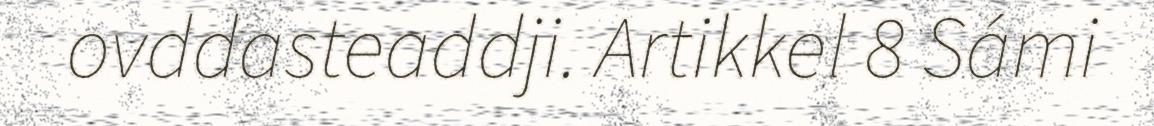
ovddasteaddji. Artikkel 8 Sámi